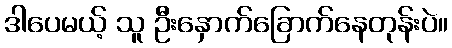
ဒါပေမယ့် သူ ဦးနှောက်ခြောက်နေတုန်းပဲ။